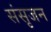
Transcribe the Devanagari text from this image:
संसृजन